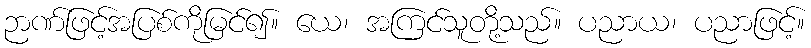
ဉာဏ်ဖြင့်အပြစ်ကိုမြင်၍။ ယေ၊ အကြင်သူတို့သည်။ ပညာယ၊ ပညာဖြင့်။